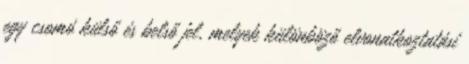
egy csomó külső és belső jel, melyek különböző elvonatkoztatási